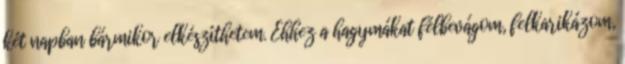
két napban bármikor elkészíthetem. Ehhez a hagymákat félbevágom, felkarikázom,